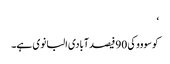
‘
کوسووو کی 90 فیصد آبادی البانوی ہے۔